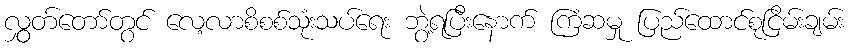
လွှွတ်တော်တွင် လေ့လာစိစစ်သုံးသပ်ရေး ဘွဲ့ရပြီးနောက် ကြံဆမှု ပြည်ထောင်စုငြိမ်းချမ်း